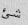
شئ